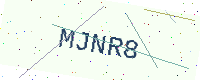
Text: MJNR8